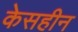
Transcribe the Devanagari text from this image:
केसहीन